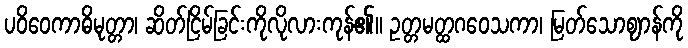
ပဝိဝေကာဓိမုတ္တာ၊ ဆိတ်ငြိမ်ခြင်းကိုလိုလားကုန်၏။ ဥတ္တမတ္ထဂဝေသကာ၊ မြတ်သောဈာန်ကို